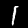
Label: 1